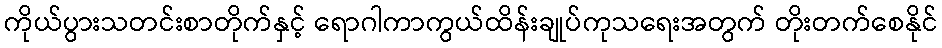
ကိုယ်ပွားသတင်းစာတိုက်နှင့် ရောဂါကာကွယ်ထိန်းချုပ်ကုသရေးအတွက် တိုးတက်စေနိုင်